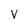
Character: V